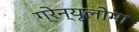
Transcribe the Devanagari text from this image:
ग्रेन्यूलोमा